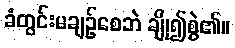
ခံတွင်းမချဉ်စေဘဲ ချို၍စွဲ၏။